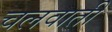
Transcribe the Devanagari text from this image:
चलवाती